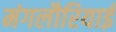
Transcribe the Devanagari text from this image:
मंगलौरियाई